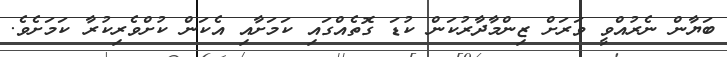
ބަޔާން ނެރުއްވީ ވަރަށް ޒިންމާދާރުކަން ކުޑަ ގޮތެއްގައި ކަމަށާއި އެކަން ކުށްވެރިކުރާ ކަމަށެވެ.